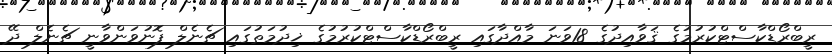
ރީބްރޯޑްކާސްޓްކުރުމުގެ ޤަވާއިދުގެ 18ވަނަ މާއްދާގައި ރީބްރޯޑްކާސްޓްކުރުމުގެ ޚިދުމަތުގައި ޗެނެލް ފޮނުވަންވާނީ ޗެނެލް ދޭ